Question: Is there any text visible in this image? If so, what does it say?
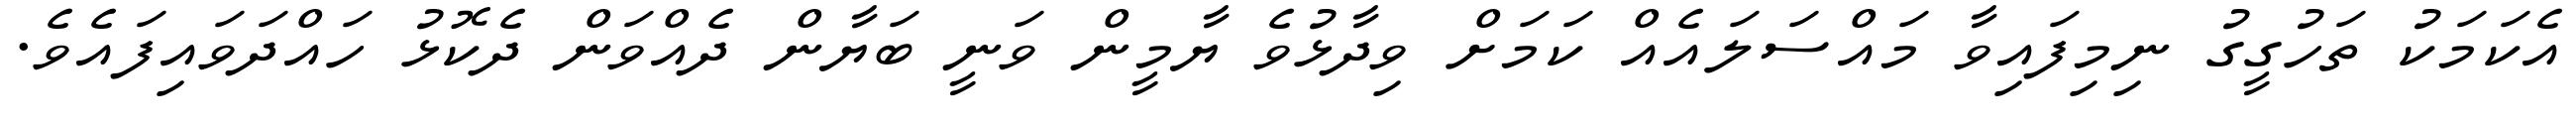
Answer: އެކަމަކު ތަހުގީގު ނިމިފައިވާ މައްސަލައެއް ކަމަށް ވިދާޅުވެ ޔާމީން ވަނީ ބަޔާން ދެއްވަން ދެކޮޅު ހައްދަވައިފައެވެ.